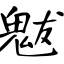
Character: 魃